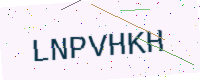
Text: LNPVHKH